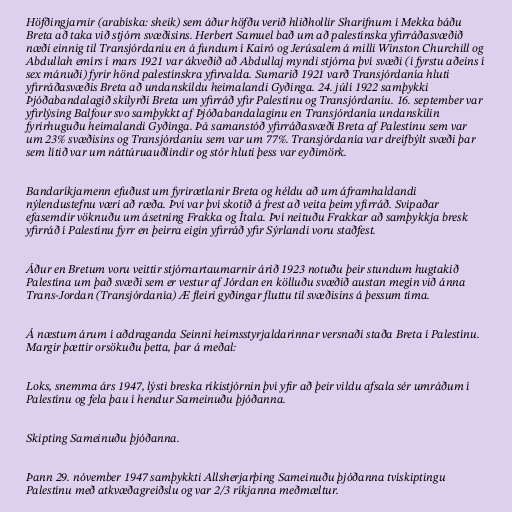
Höfðingjarnir (arabíska: sheik) sem áður höfðu verið hliðhollir Sharifnum í Mekka báðu
Breta að taka við stjórn svæðisins. Herbert Samuel bað um að palestínska yfirráðasvæðið
næði einnig til Transjórdaníu en á fundum í Kaíró og Jerúsalem á milli Winston Churchill og
Abdullah emírs í mars 1921 var ákveðið að Abdullaj myndi stjórna því svæði (í fyrstu aðeins í
sex mánuði) fyrir hönd palestínskra yfirvalda. Sumarið 1921 varð Transjórdanía hluti
yfirráðasvæðis Breta að undanskildu heimalandi Gyðinga. 24. júlí 1922 samþykki
Þjóðabandalagið skilyrði Breta um yfirráð yfir Palestínu og Transjórdaníu. 16. september var
yfirlýsing Balfour svo samþykkt af Þjóðabandalaginu en Transjórdanía undanskilin
fyrirhuguðu heimalandi Gyðinga. Þá samanstóð yfirráðasvæði Breta af Palestínu sem var
um 23% svæðisins og Transjórdaníu sem var um 77%. Transjórdanía var dreifbýlt svæði þar
sem lítið var um náttúruauðlindir og stór hluti þess var eyðimörk.

Bandaríkjamenn efuðust um fyrirætlanir Breta og héldu að um áframhaldandi
nýlendustefnu væri að ræða. Því var því skotið á frest að veita þeim yfirráð. Svipaðar
efasemdir vöknuðu um ásetning Frakka og Ítala. Því neituðu Frakkar að samþykkja bresk
yfirráð í Palestínu fyrr en þeirra eigin yfirráð yfir Sýrlandi voru staðfest.

Áður en Bretum voru veittir stjórnartaumarnir árið 1923 notuðu þeir stundum hugtakið
Palestína um það svæði sem er vestur af Jórdan en kölluðu svæðið austan megin við ánna
Trans-Jordan (Transjórdanía) Æ fleiri gyðingar fluttu til svæðisins á þessum tíma.

Á næstum árum í aðdraganda Seinni heimsstyrjaldarinnar versnaði staða Breta í Palestínu.
Margir þættir orsökuðu þetta, þar á meðal:

Loks, snemma árs 1947, lýsti breska ríkistjórnin því yfir að þeir vildu afsala sér umráðum í
Palestínu og fela þau í hendur Sameinuðu þjóðanna.

Skipting Sameinuðu þjóðanna.

Þann 29. nóvember 1947 samþykkti Allsherjarþing Sameinuðu þjóðanna tvískiptingu
Palestínu með atkvæðagreiðslu og var 2/3 ríkjanna meðmæltur.